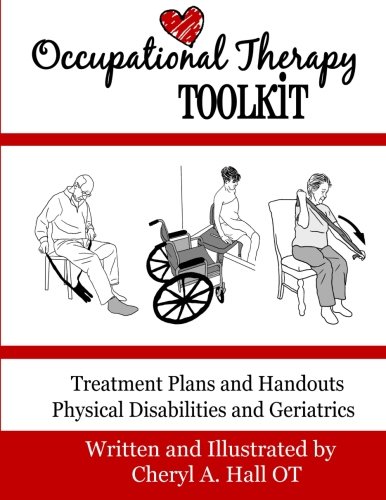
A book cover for Occupational Therapy Toolkit: Treatment Guides and Handouts; Cheryl A. Hall OT; Medical Books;